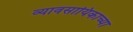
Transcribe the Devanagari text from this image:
व्यावसायिकाच्या